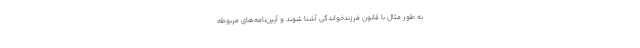
به طور مثال با قانون فرزندخواندگی آشنا شوند و آیین‌نامه‌های مربوطه